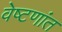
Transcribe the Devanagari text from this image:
वेष्टणांत